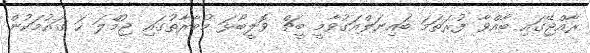
ރާއްޖޭގައި ބާއްވާ ފުރަތަމަ ބައިނަލްއަގުވާމީ ބީޗް ވޮލީބޯޅަ މުބާރާތުގައި ޖުމްލަ ހަ ގައުމަކުން